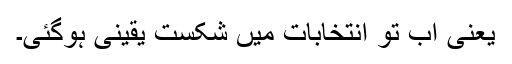
یعنی اب تو انتخابات میں شکست یقینی ہوگئی۔